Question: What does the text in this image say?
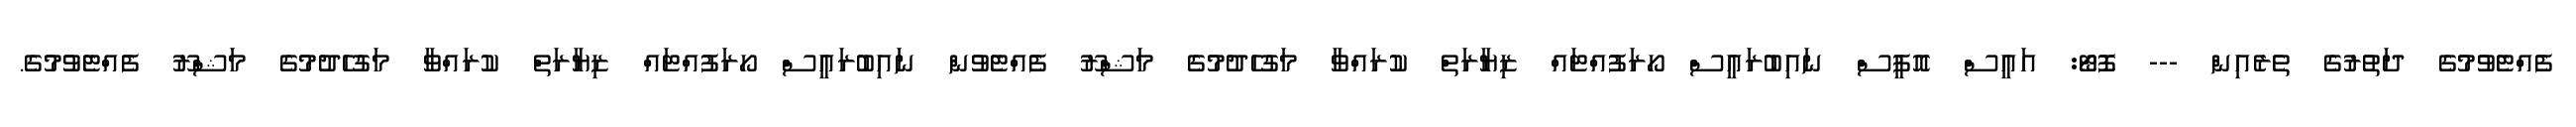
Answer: ފެއްޓެވުމުގެ ދަތުރުގެ ތެރެއިން --- ފޮޓޯ: އައީސް އޮފީސް ނައިބުރައީސް ހޯރަފުއްޓައް ޒިޔާރަތް ކުރައްވާ މަގުހެދުމުގެ މަޝްރޫ ފެއްޓެވުން ނައިބުރައީސް ހޯރަފުއްޓައް ޒިޔާރަތް ކުރައްވާ މަގުހެދުމުގެ މަޝްރޫ ފެއްޓެވުމުގެ.